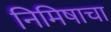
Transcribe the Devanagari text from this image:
निमिषाचा